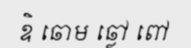
ឧិ ឆោម ឆ្លៅ ពៅ